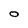
Character: O